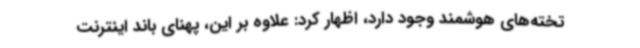
تخته‌های هوشمند وجود دارد، اظهار کرد: علاوه بر این، پهنای باند اینترنت